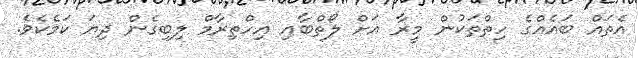
އެތައް ބައެއްގެ ހިތްތަކުން މީރާ އަށް ލޯތްބާއި އިހްތިރާމް ލިބިގެން ދިޔަ ކަމެކެވެ.